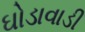
ઘોડાવાડી